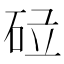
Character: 𱳷